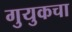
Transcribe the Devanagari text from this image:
गुयुकचा